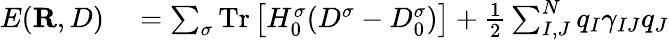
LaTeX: \begin{array}{rl}{E({\mathbf R},D)}&{{}=\sum_{\sigma}\mathrm{Tr}\left[H_{0}^{\sigma}(D^{\sigma}-D_{0}^{\sigma})\right]+\frac{1}{2}\sum_{I,J}^{N}q_{I}\gamma_{IJ}q_{J}}\end{array}